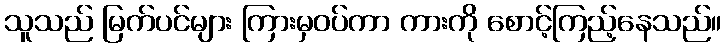
သူသည် မြက်ပင်များ ကြားမှဝပ်ကာ ကားကို စောင့်ကြည့်နေသည်။